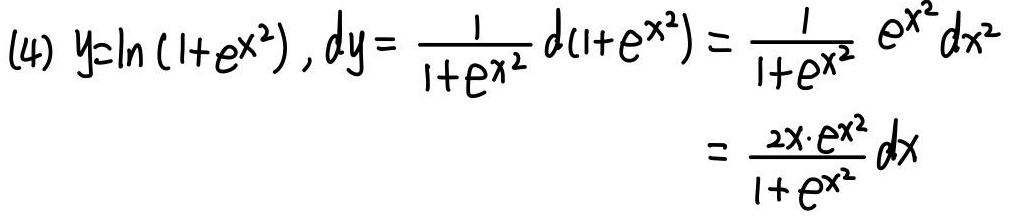
(4) $y = \ln(1 + e^{x^{2}}), dy = \frac{1}{1 + e^{x^{2}}} d(1 + e^{x^{2}}) = \frac{1}{1 + e^{x^{2}}} e^{x^{2}} dx^{2} = \frac{2x\cdot e^{x^{2}}}{1 + e^{x^{2}}} dx$